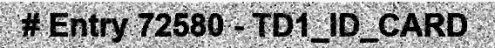
# Entry 72580 - TD1_ID_CARD